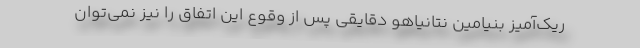
ریک‌آمیز بنیامین نتانیاهو دقایقی پس از وقوع این اتفاق را نیز نمی‌توان